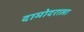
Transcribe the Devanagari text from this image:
दामोदराला